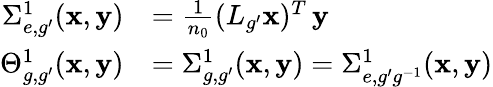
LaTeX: \begin{array}{rl}{\Sigma_{e,g^{\prime}}^{1}(\mathbf x,\mathbf y)}&{=\frac{1}{n_{0}}(L_{g^{\prime}}\mathbf{x})^{T}\, \mathbf{y}}\\ {\Theta_{g,g^{\prime}}^{1}(\mathbf x,\mathbf y)}&{=\Sigma_{g,g^{\prime}}^{1}(\mathbf x,\mathbf y)=\Sigma_{e,g^{\prime}g^{-1}}^{1}(\mathbf x,\mathbf y)}\end{array}